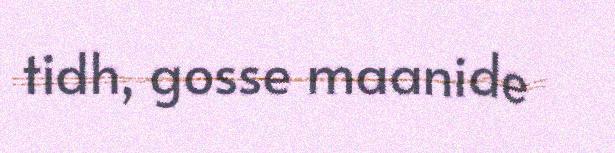
tidh, gosse maanide